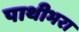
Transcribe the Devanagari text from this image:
पाथीभरा